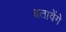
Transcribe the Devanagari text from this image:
बतावेंगे